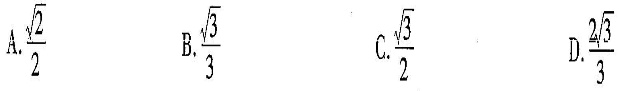
A. \frac{ \sqrt{2}}{2} B. \frac{ \sqrt{3}}{3} C. \frac{ \sqrt{3}}{2} D. \frac{2 \sqrt{3}}{3}